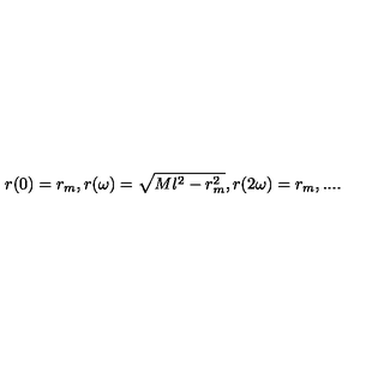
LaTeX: r ( 0 ) = r _ { m } , r ( \omega ) = \sqrt { M l ^ { 2 } - r _ { m } ^ { 2 } } , r ( 2 \omega ) = r _ { m } , . . . .